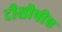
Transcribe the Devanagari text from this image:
टीसीपीए